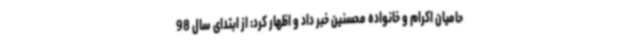
حامیان اکرام و خانواده محسنین خبر داد و اظهار کرد: از ابتدای سال 98